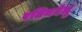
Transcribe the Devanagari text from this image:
रतिनवेलु